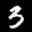
Label: 3